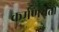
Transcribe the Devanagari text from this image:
कर्मणयता